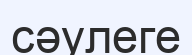
сәулеге